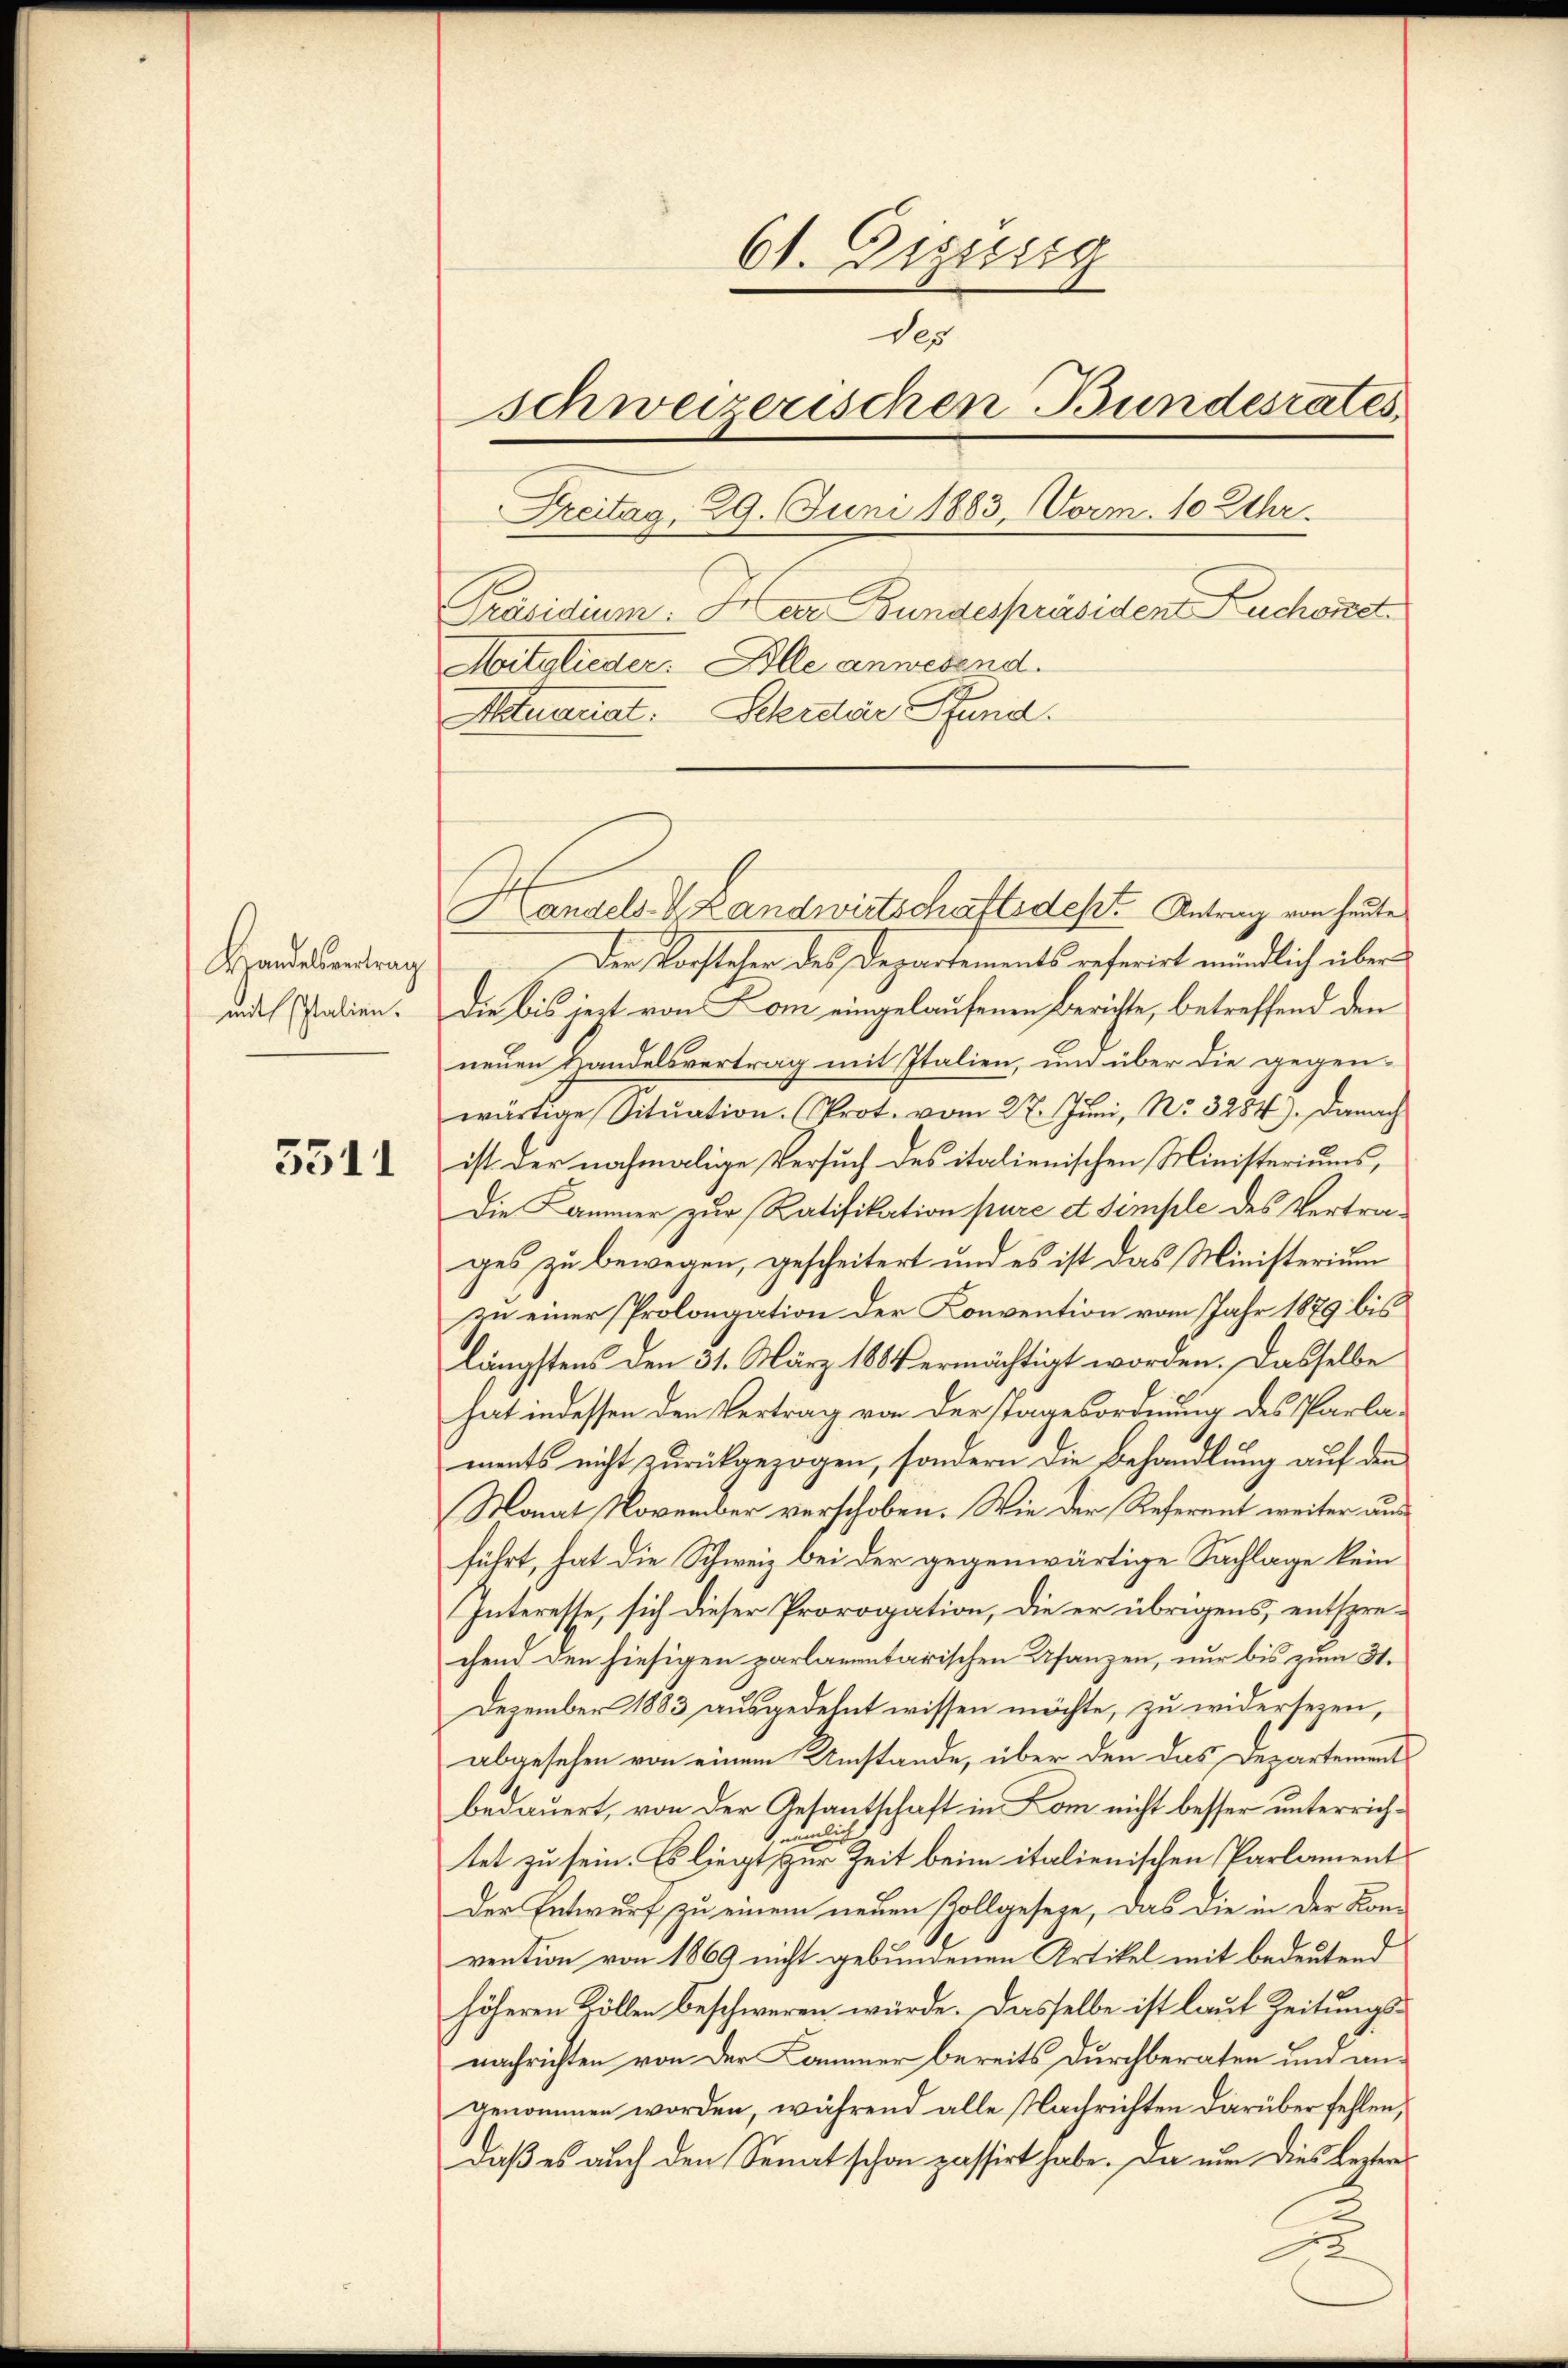
Handesvertrag
mit Italien.

5511

61. Digusig
des
schweizerischen Bundesrates
Treitag, 29. Juni 1883, Vorm. 10 Uhr.
Präsidium. Herr Bundespräsiden Zuchonet
Mitglieder. Alle anwesend.
Actuariat. Schreie Pfund

Handels- & Landwirtschaftsdest. Antrag von heute
Der Vorsteher des Departements referirt mündlich über
die bis jezt von Lom eingelaufenen Berichte, betreffend den
neuen Handelsvertrag mit Italien, und über die gegen-
wärtige Sitŭation. (Prot. vom 27. Juni, No. 3284). Danach
ist der nochmalige Versuch des italienischen Ministeriums,
Die Kammer zur Ratifikation pure d. Simple des Vertrages zu bewegen, gescheitert und es ist das Ministerium
zu einer Prolongation der Konvention vom Jahr 1879 bis
längstens den 31. März 1884 ermächtigt worden. Dasselbe
hat indessen den Vertrag von der Tagesordnung des Parlaments nicht zurückgezogen, sondern die Behandlung auf den
Monat November verschoben. Wie der Referent weiter ausführt, hat die Schweiz bei der gegenwärtige Sachlage kein
Interesse, sich dieser Prorogation, die er übrigens, entsprechend den hiesigen parlamentarischen Usanzen, nur bis zum St.
Dezember 1883 ausgedehnt wissen möchte, zu widersezen,
abgesehen von einem Umstände, über den das Departements
bedauert, von der Gesantschaft in Kom nicht besser unterricheulich
tet zu sein. Es liegt zur Zeit beim italienischen Parlament
Der Entwurf zu einem neuen Zollgeseze, das die in der Kon-
vention von 1869 nicht gebundenen Artikel mit bedeutend
höheren Kollen beschweren würde. Dasselbe ist laut Zeitungsnachrichten von der Kammer bereits durchberaten und angenommen worden, während alle Nachrichten darüber fehlen,
daß es auch den Senat schon passirt habe. Da nun dies lezten
u